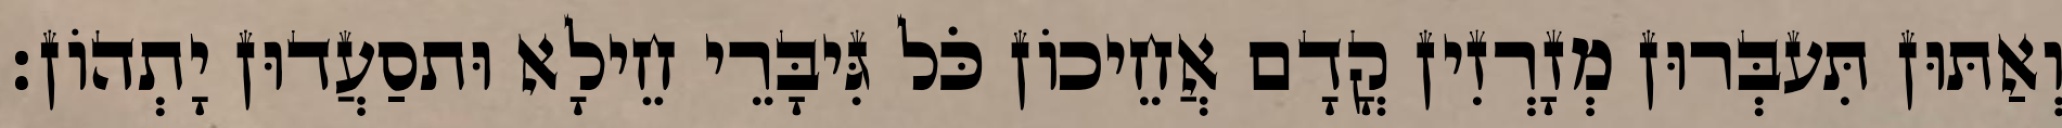
וְאַתּוּן תִּעבְּרוּן מְזָרְזִין קֳדָם אֲחֵיכוֹן כֹּל גִּיבָּרֵי חֵילָא וּתסַעֲדוּן יָתְהוֹן׃